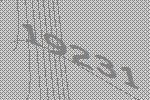
19231